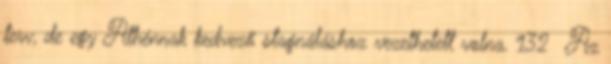
terv, de egy Athénnak kedvező stagnáláshoz vezethetett volna. 132 Az